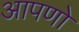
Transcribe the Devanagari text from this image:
आपणो